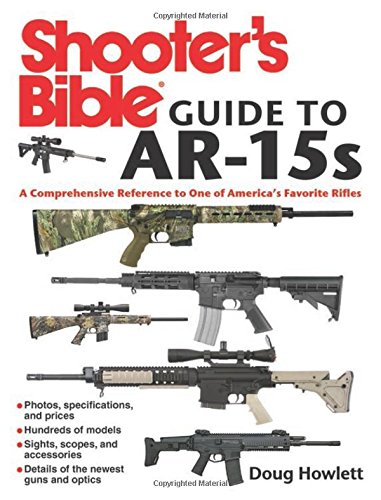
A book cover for Shooter's Bible Guide to AR-15s: A Comprehensive Reference to One of America's Favorite Rifles; Doug Howlett; Sports & Outdoors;